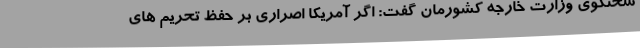
سخنگوی وزارت خارجه کشورمان گفت: اگر آمریکا اصراری بر حفظ تحریم های